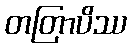
တတြာပိဿ